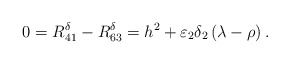
\begin{align*} 0=R_{41}^\delta-R_{63}^\delta=h^2+\varepsilon_2\delta_2\left(\lambda-\rho\right).\end{align*}